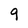
Character: 9